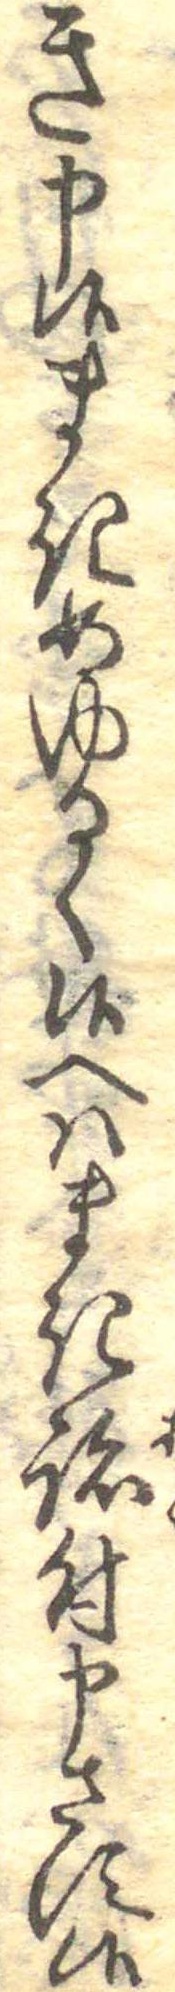
き申候まきめゆるく候へはまき跡付申さす候